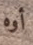
أوه